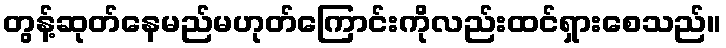
တွန့်ဆုတ်နေမည်မဟုတ်ကြောင်းကိုလည်းထင်ရှားစေသည်။